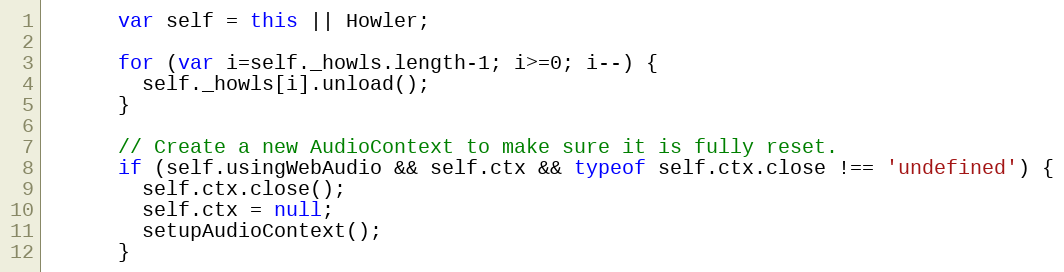
Language: JavaScript
      var self = this || Howler;

      for (var i=self._howls.length-1; i>=0; i--) {
        self._howls[i].unload();
      }

      // Create a new AudioContext to make sure it is fully reset.
      if (self.usingWebAudio && self.ctx && typeof self.ctx.close !== 'undefined') {
        self.ctx.close();
        self.ctx = null;
        setupAudioContext();
      }